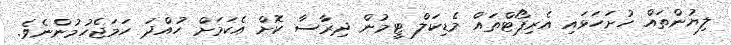
ލިޔުންތައް ހުށަހަޅައި އެރިޕޯޓްތައް މެޑިކަލް ޓީމުން ދިރާސާ ކޮށް އެކަމަށް ހުއްދަ ހަމަޖެހުމުންނެވެ.